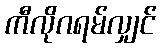
ကီလိုဂရမ်လျှင်